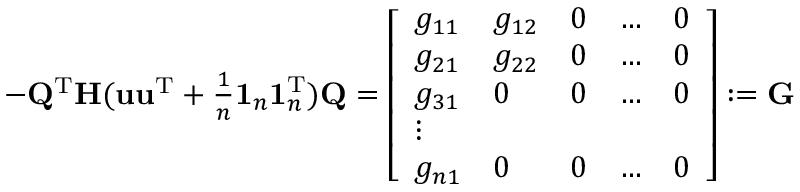
\begin{array} { r } { - \mathbf Q ^ { \mathrm T } \mathbf H ( \mathbf u \mathbf u ^ { \mathrm T } + \frac 1 n \mathbf 1 _ { n } \mathbf 1 _ { n } ^ { \mathrm T } ) \mathbf Q = \left[ \begin{array} { l l l l l } { g _ { 1 1 } } & { g _ { 1 2 } } & { 0 } & { \dots } & { 0 } \\ { g _ { 2 1 } } & { g _ { 2 2 } } & { 0 } & { \dots } & { 0 } \\ { g _ { 3 1 } } & { 0 } & { 0 } & { \dots } & { 0 } \\ { \vdots } \\ { g _ { n 1 } } & { 0 } & { 0 } & { \dots } & { 0 } \end{array} \right] : = \mathbf G } \end{array}